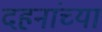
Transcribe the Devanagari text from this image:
दहनांच्या